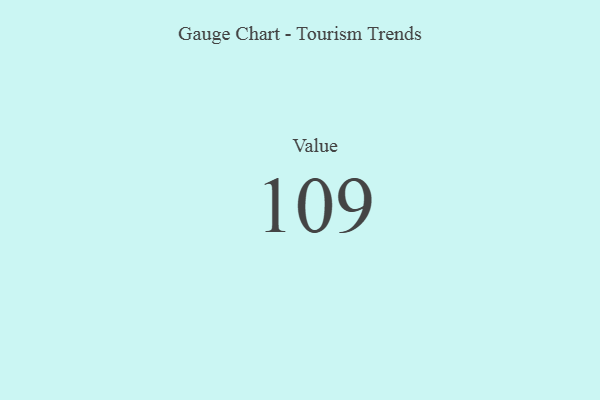
{"axis": {"x": "Metric", "y": "Value"}, "legend": [""], "data": [{"x": "Value", "y": 109, "type": ""}]}